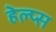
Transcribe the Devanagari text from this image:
हेल्प्स